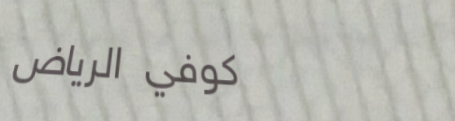
كوفي الرياض